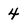
Character: 4